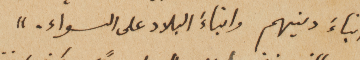
ابناءَ دينهم وابناءَ البلاد على السواء."